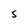
Character: s